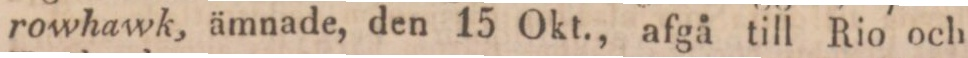
rowhawk, ämnade, den 15 Okt., afgå till Rio och